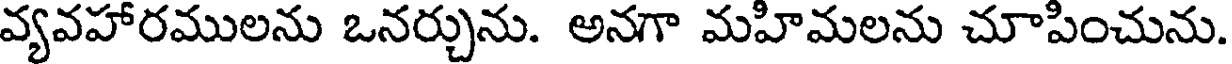
వ్యవహారములను ఒనర్చును. అనగా మహిమలను చూపించును.